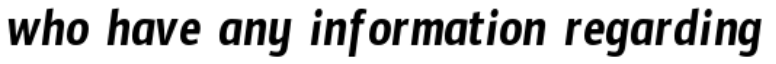
who have any information regarding